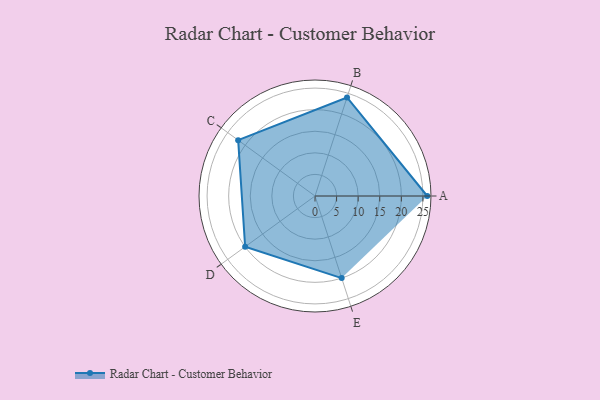
{"axis": {"x": "Skill", "y": "Score"}, "legend": ["Profile"], "data": [{"x": "A", "y": 26.0, "type": "Profile"}, {"x": "B", "y": 24.0, "type": "Profile"}, {"x": "C", "y": 22.0, "type": "Profile"}, {"x": "D", "y": 20, "type": "Profile"}, {"x": "E", "y": 20, "type": "Profile"}]}